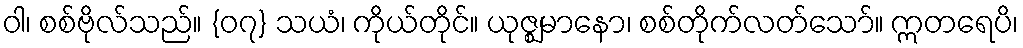
ဝါ၊ စစ်ဗိုလ်သည်။ {၀၇} သယံ၊ ကိုယ်တိုင်။ ယုဇ္ဈမာနော၊ စစ်တိုက်လတ်သော်။ ဣတရေပိ၊